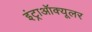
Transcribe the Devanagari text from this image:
इंट्राऑक्यूलर